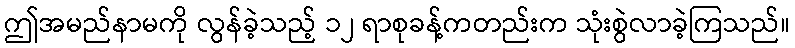
ဤအမည်နာမကို လွန်ခဲ့သည့် ၁၂ ရာစုခန့်ကတည်းက သုံးစွဲလာခဲ့ကြသည်။